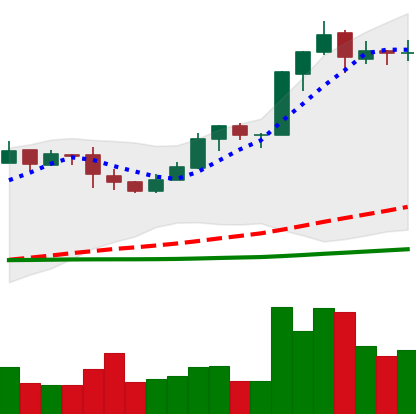
Ticker: BNB-USD
Chart end date: 2019-03-11
Forward return: 11.055%
Label: up_7plus